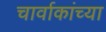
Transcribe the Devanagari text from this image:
चार्वाकांच्या